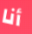
أنا